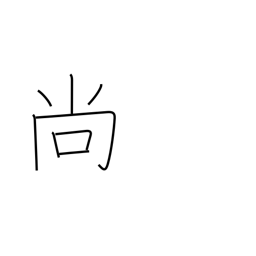
Meaning: furthermore